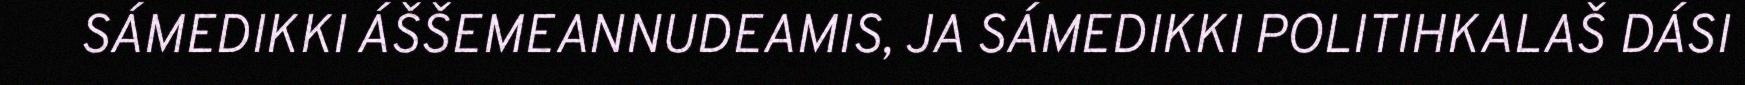
SÁMEDIKKI ÁŠŠEMEANNUDEAMIS, JA SÁMEDIKKI POLITIHKALAŠ DÁSI